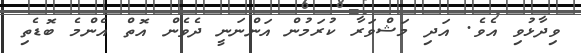
ވިދާޅުވި އެވެ. އަދި މަޝްވަރާ ކުރަމުން އަންނަނީ ދެވެން އޮތް އެންމެ ބޮޑެތި